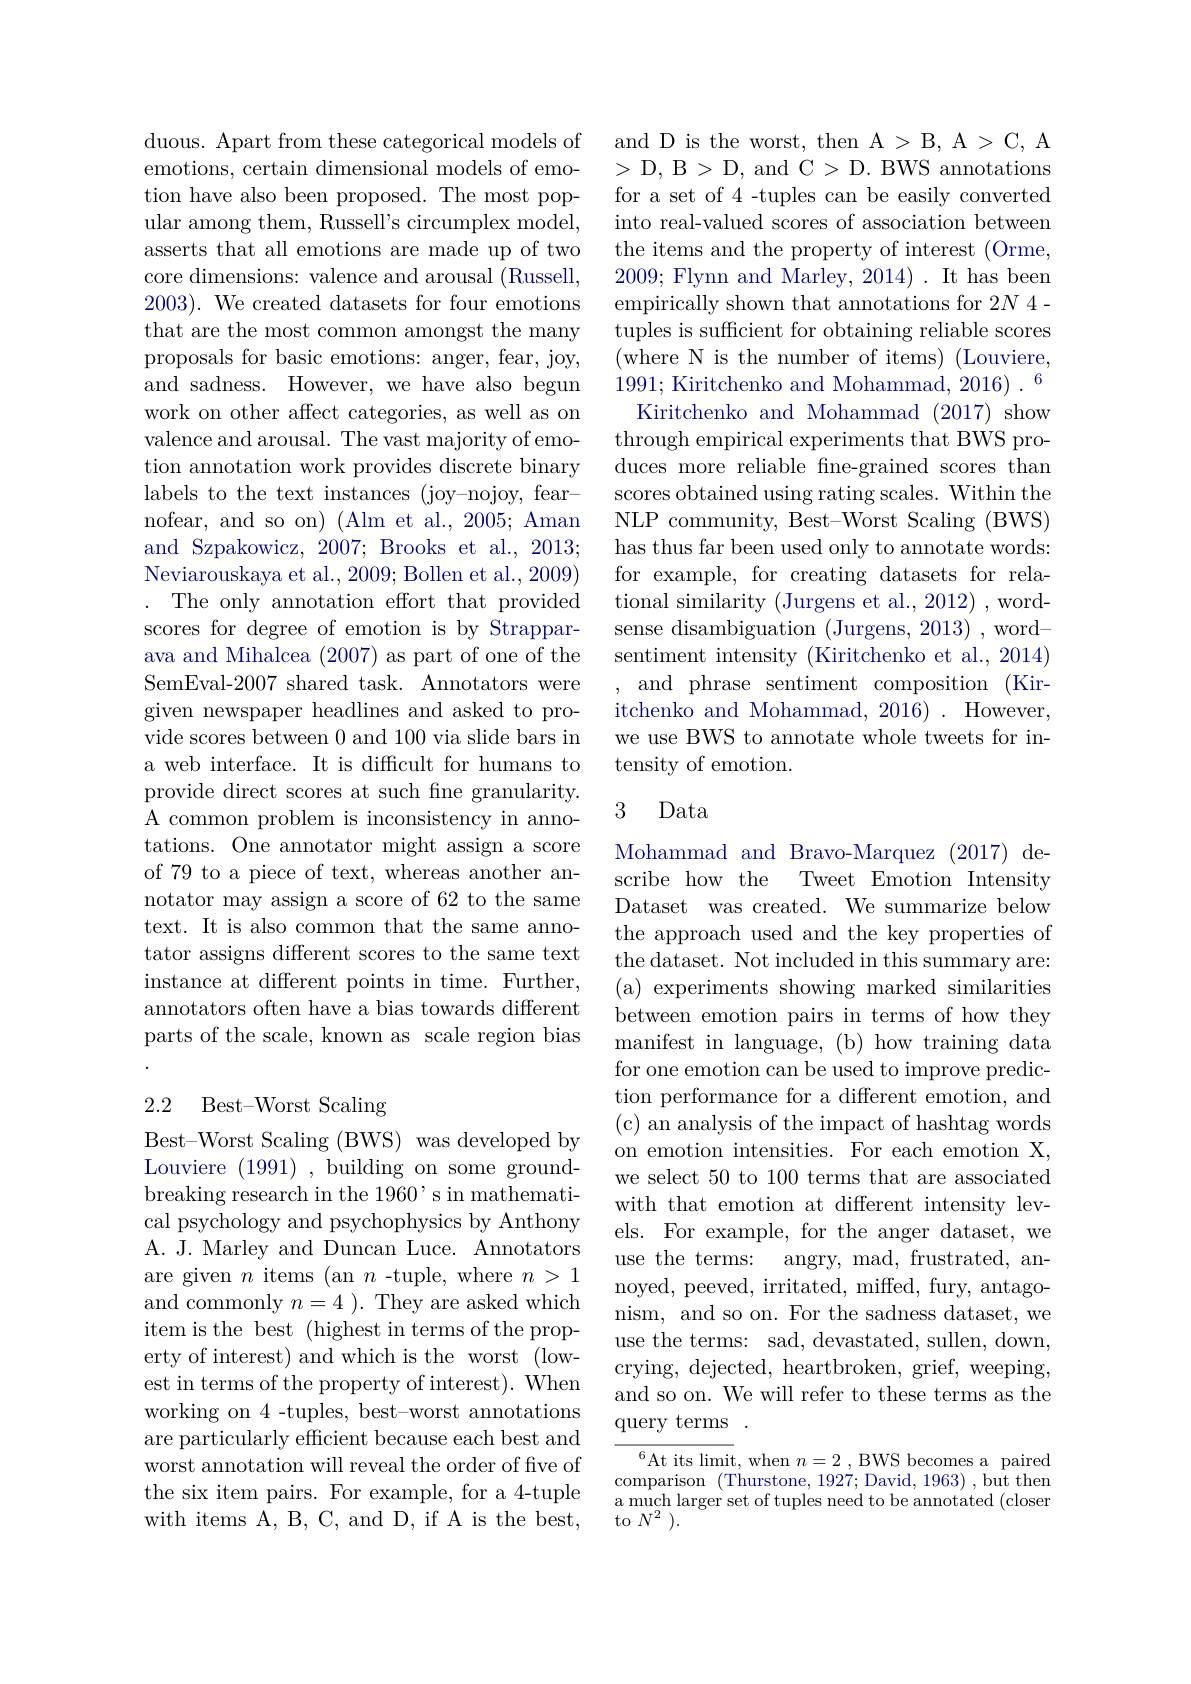
duous. Apart from these categorical models of emotions, certain dimensional models of emotion have also been proposed. The most popular among them, Russell's circumplex model, asserts that all emotions are made up of two core dimensions: valence and arousal (Russell, 2003). We created datasets for four emotions that are the most common amongst the many proposals for basic emotions: anger, fear, joy, and sadness. However, we have also begun work on other affect categories, as well as on valence and arousal. The vast majority of emotion annotation work provides discrete binary labels to the text instances (joy-nojoy, fearnofear, and so on) (Alm et al., 2005; Aman and Szpakowicz, 2007; Brooks et al., 2013; Neviarouskaya et al., 2009; Bollen et al., 2009)
The only annotation effort that provided scores for degree of emotion is by Strapparava and Mihalcea (2007) as part of one of the SemEval-2007 shared task. Annotators were given newspaper headlines and asked to provide scores between 0 and 100 via slide bars in a web interface. It is difficult for humans to provide direct scores at such fne granularity. A common problem is inconsistency in annotations. One annotator might assign a score of 79 to a piece of text, whereas another annotator may assign a score of 62 to the same text. It is also common that the same annotator assigns different scores to the same text instance at different points in time. Further, annotators often have a bias towards different parts of the scale, known as scale region bias $\cdot$

### 2.2 Best-Worst Scaling

Best-Worst Scaling (BWS) was developed by Louviere (1991),building on some groundbreaking research in the 1960's in mathematical psychology and psychophysics by Anthony A. J. Marley and Duncan Luce. Annotators are given $n$ items (an $n$ -tuple, where $n>1$ and commonly $n=4$ ). They are asked which item is the best (highest in terms of the property of interest) and which is the worst (lowest in terms of the property of interest). When working on 4 -tuples, best-worst annotations are particularly efficient because each best and worst annotation will reveal the order of five of the six item pairs. For example, for a 4-tuple with items A, B, C, and D, if A is the best,

and D is the worst, then A > B, A > C, A $>D,B>D$, and C$>D.$ BWS annotations for a set of 4 -tuples can be easily converted into real-valued scores of association between the items and the property of interest (Orme, 2009; Flynn and Marley, 2014). It has been empirically shown that annotations for 2N 4- tuples is sufficient for obtaining reliable scores (where N is the number of items) (Louviere, 1991; Kiritchenko and Mohammad, 2016) . 6
Kiritchenko and Mohammad (2017) show through empirical experiments that BWS produces more reliable fine-grained scores than scores obtained using rating scales. Within the NLP community, Best-Worst Scaling (BWS) has thus far been used only to annotate words: for example, for creating datasets for relational similarity (Jurgens et al., 2012) , wordsense disambiguation (Jurgens, 2013) , wordsentiment intensity (Kiritchenko et al., 2014) and phrase sentiment composition (Kiritchenko and Mohammad, 2016) . However, we use BWS to annotate whole tweets for intensity of emotion.

### 3 Data

Mohammad and Bravo-Marquez (2017) describe how the Tweet Emotion Intensity Dataset was created. We summarize below the approach used and the key properties of the dataset. Not included in this summary are: (a) experiments showing marked similarities between emotion pairs in terms of how they manifest in language, (b) how training data for one emotion can be used to improve prediction performance for a different emotion, and (c) an analysis of the impact of hashtag words on emotion intensities. For each emotion X, we select 50 to 100 terms that are associated with that emotion at different intensity levels. For example, for the anger dataset, we use the terms: angry, mad, frustrated, annoyed, peeved, irritated, miffed, fury, antagonism, and so on. For the sadness dataset, we use the terms: sad, devastated, sullen, down, crying, dejected, heartbroken, grief, weeping, and so on. We will refer to these terms as the query terms

$^{6}$At its limit, when $n=2$ ,BWS becomes a paired comparison (Thurstone, 1927;David, 1963), but then a much larger set of tuples need to be annotated (closer to $N^2$ ).